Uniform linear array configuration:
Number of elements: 4
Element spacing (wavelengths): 0.75
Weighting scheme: uniform
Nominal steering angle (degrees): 30
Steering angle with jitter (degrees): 31.822
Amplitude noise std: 0.05
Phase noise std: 0.05

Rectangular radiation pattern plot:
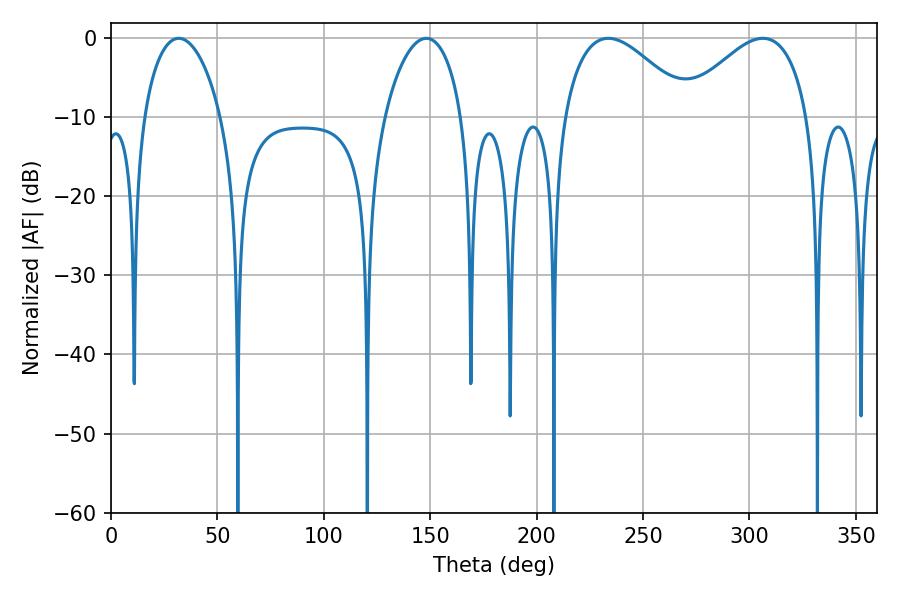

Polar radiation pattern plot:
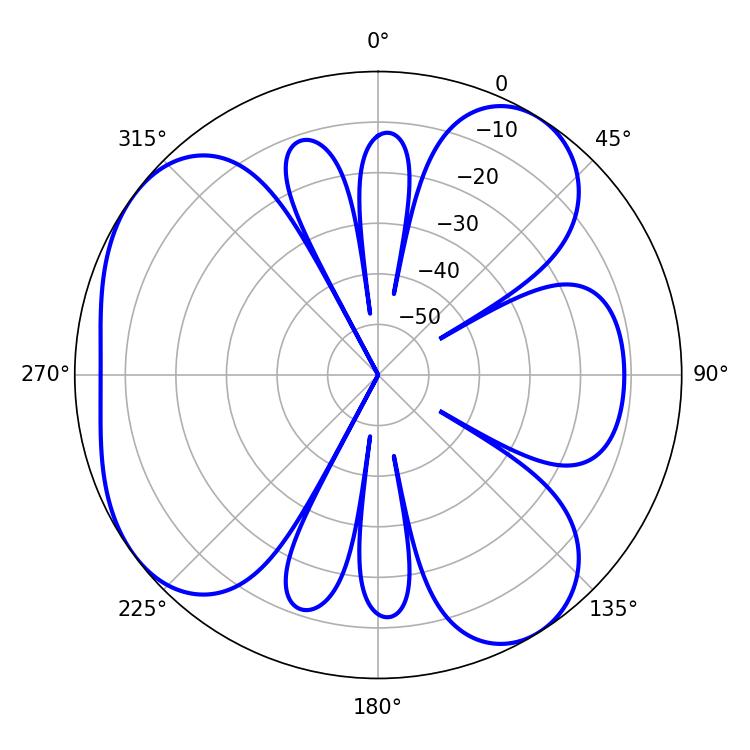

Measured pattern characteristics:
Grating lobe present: TRUE
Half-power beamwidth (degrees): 20.7
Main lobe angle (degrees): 31.86